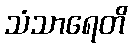
သံသာရေတိ